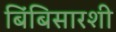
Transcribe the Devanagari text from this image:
बिंबिसारशी